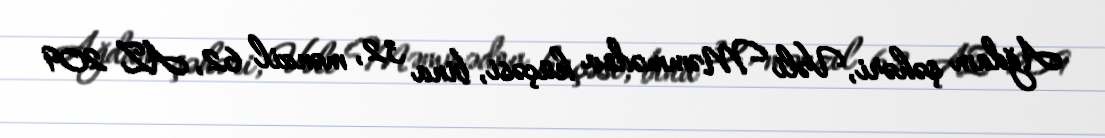
Ağdam şəhəri, Vəli Məmmədov küçəsi, bina 32, mənzil 62, AZ 209